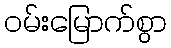
ဝမ်းမြောက်စွာ